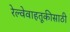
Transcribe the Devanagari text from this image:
रेल्वेवाहतूकीसाठी